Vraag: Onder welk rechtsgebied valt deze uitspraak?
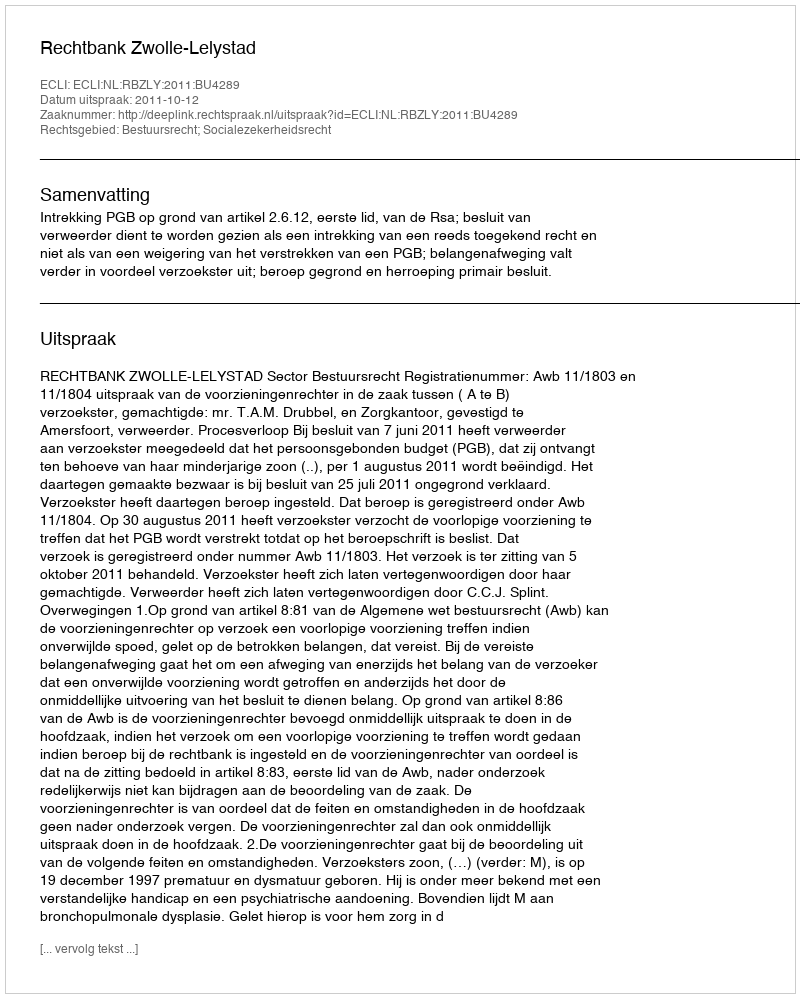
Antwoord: Bestuursrecht; Socialezekerheidsrecht